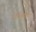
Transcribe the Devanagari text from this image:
विधेयक